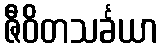
ဇီဝိတသင်္ခယာ